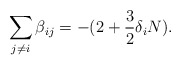
\begin{align*} \sum_{j\neq i} \beta_{ij} = - ( 2 + \frac{3}{2} \delta_{i} N ).\end{align*}